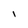
Character: I